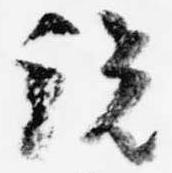
説